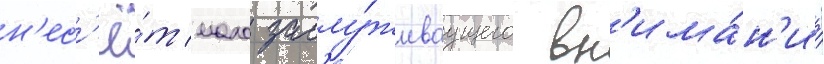
н'ес'ё́т мало заслу́живаущего вн'има́н'иа